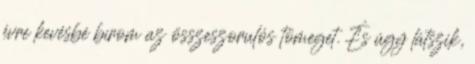
évre kevésbé bírom az összeszorulós tömeget. És úgy látszik,